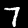
Digit: 7